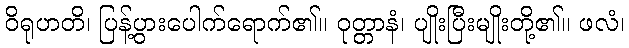
ဝိရုဟတိ၊ ပြန့်ပွားပေါက်ရောက်၏။ ဝုတ္တာနံ၊ ပျိုးပြီးမျိုးတို့၏။ ဖလံ၊